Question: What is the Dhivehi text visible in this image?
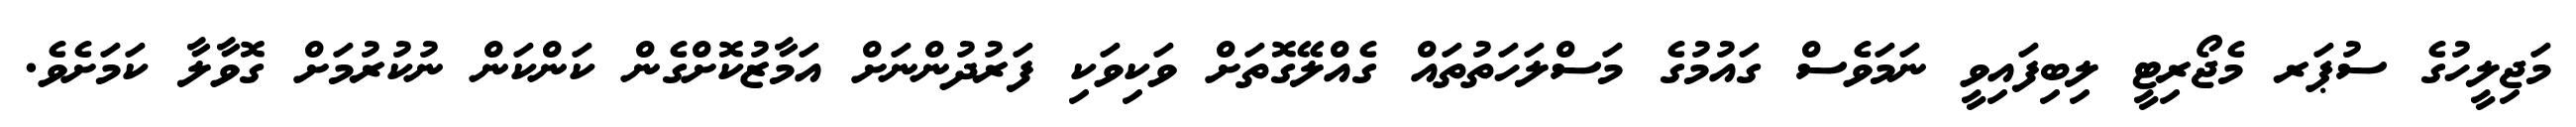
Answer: މަޖިލީހުގެ ސުޕަރ މެޖޯރިޓީ ލިބިފައިވީ ނަމަވެސް ގައުމުގެ މަސްލަހަތުތައް ގެއްލޭގޮތަށް ވަކިވަކި ފަރުދުންނަށް އަމާޒުކޮށްގެން ކަންކަން ނުކުރުމަށް ގޮވާލާ ކަމަށެވެ.